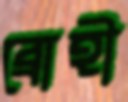
ব্রোহী